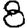
Digit: 8